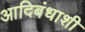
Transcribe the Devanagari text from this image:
आदिबंधाशी